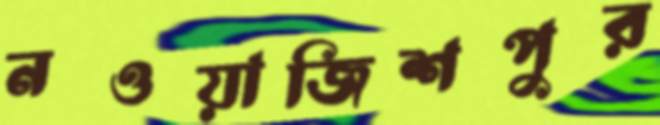
নওয়াজিশপুর